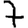
Digit: 7